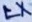
Text: LX